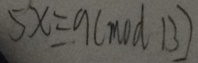
5 x = 9 ( m o d 1 3 )